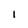
Character: 1